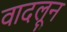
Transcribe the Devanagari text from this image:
वादलून